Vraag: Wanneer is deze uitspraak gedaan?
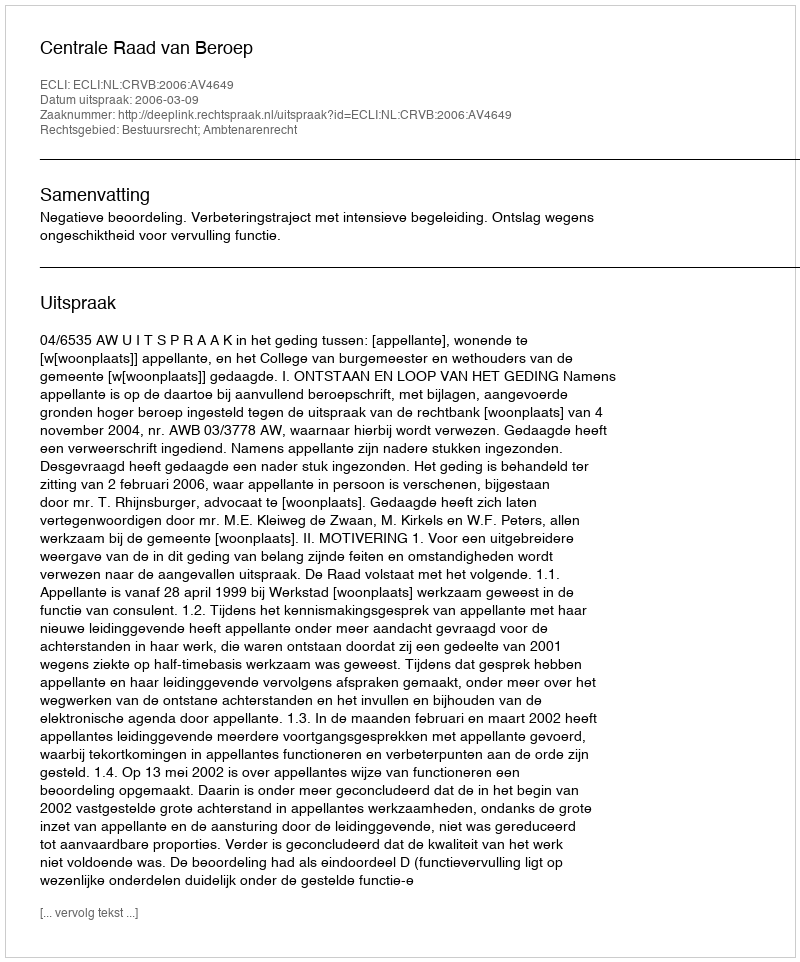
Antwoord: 2006-03-09